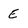
Character: E